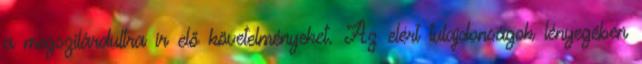
a megszilárdultra ír elő követelményeket. Az elért tulajdonságok lényegében